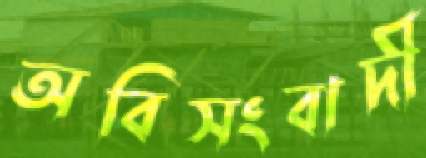
অবিসংবাদী